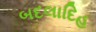
બદલાદિહ